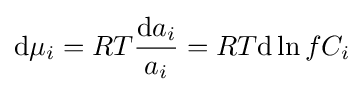
\mathrm {d} \mu _{i}=RT{\frac {\mathrm {d} a_{i}}{a_{i}}}=RT\mathrm {d} \ln fC_{i}